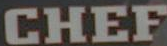
CHEF